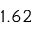
1 . 6 2